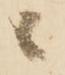
ニ